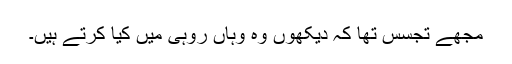
مجھے تجسس تھا کہ دیکھوں وہ وہاں روہی میں کیا کرتے ہیں۔